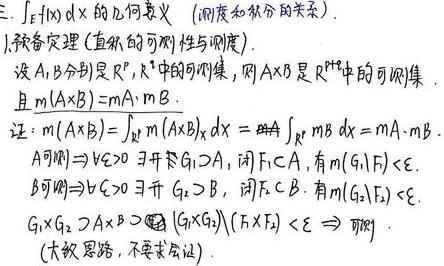
三、$\int_{E} f(x) \mathrm{d}x$ 的几何意义（测度和积分的关系）.
1. 预备定理（直积的可测性与测度）.
设 $A,B$ 分别是 $\mathbb{R}^{p},\mathbb{R}^{q}$ 中的可测集，则 $A\times B$ 是 $\mathbb{R}^{p + q}$ 中的可测集.
且 $m(A\times B)=m A\cdot m B$.
证：$m(A\times B)=\int_{\mathbb{R}^{p}} m((A\times B)_{x}) \mathrm{d}x =\int_{\mathbb{R}^{p}} m B \mathrm{d}x =m A\cdot m B$.
$A$ 可测 $\Rightarrow \forall \varepsilon>0$ $\exists$ 开 $G_{1}\supset A$, 闭 $F_{1}\subset A$, 有 $m(G_{1}\setminus F_{1})<\varepsilon$.
$B$ 可测 $\Rightarrow \forall \varepsilon>0$ $\exists$ 开 $G_{2}\supset B$, 闭 $F_{2}\subset B$, 有 $m(G_{2}\setminus F_{2})<\varepsilon$.
$G_{1}\times G_{2}\supset A\times B\Rightarrow m((G_{1}\times G_{2})\setminus (F_{1}\times F_{2})) <\varepsilon \Rightarrow$ 可测.
（大致思路，不要求会证）.